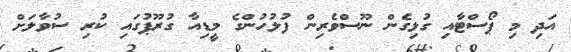
އަދި މި ޕޯސްޓާއި ގުޅިގެން ނޫސްވެރިން ފުލުހުންގެ މީޑިއާ ގުރޫޕުގައި ކުރި ސުވާލަށް